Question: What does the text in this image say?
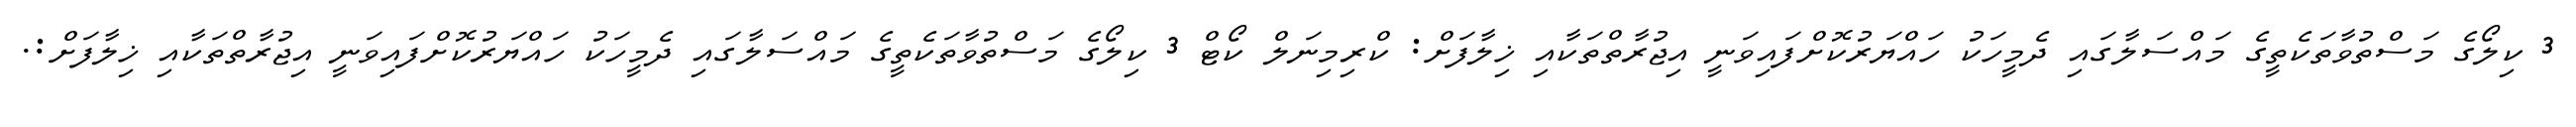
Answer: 3 ކިލޯގެ މަސްތުވާތަކެތީގެ މައްސަލާގައި ދެމީހަކު ހައްޔަރުކޮށްފައިވަނީ އިޖުރާތްތަކާއި ޚިލާފަށް: ކްރިމިނަލް ކޯޓް 3 ކިލޯގެ މަސްތުވާތަކެތީގެ މައްސަލާގައި ދެމީހަކު ހައްޔަރުކޮށްފައިވަނީ އިޖުރާތްތަކާއި ޚިލާފަށް:.